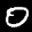
Label: 0